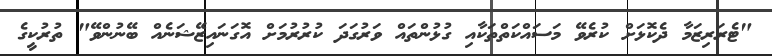
"ޓެރަރިޒަމާ ދެކޮޅަށް ކުރެވޭ މަސައްކަތްތަކާއި ގުޅުންތައް ވަރުގަދަ ކުރުރުމަށް އޮގަނައިޒޭޝަނެއް ބޭނުންވޭ" ތުރުކީގެ